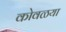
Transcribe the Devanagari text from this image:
कोवळया